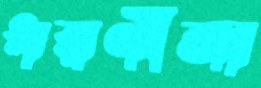
ধরণীজা